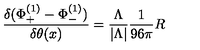
{ \frac { \delta ( \Phi _ { + } ^ { ( 1 ) } - \Phi _ { - } ^ { ( 1 ) } ) } { \delta \theta ( x ) } } = { \frac { \Lambda } { | \Lambda | } } { \frac { 1 } { 9 6 \pi } } R